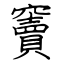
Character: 竇